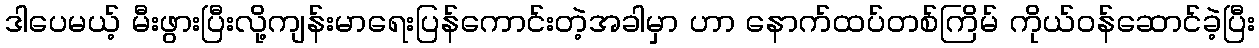
ဒါပေမယ့် မီးဖွားပြီးလို့ကျန်းမာရေးပြန်ကောင်းတဲ့အခါမှာ ဟာ နောက်ထပ်တစ်ကြိမ် ကိုယ်ဝန်ဆောင်ခဲ့ပြီး